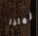
لماذا